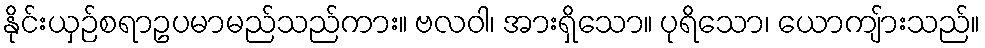
နိုင်းယှဉ်စရာဥပမာမည်သည်ကား။ ဗလဝါ၊ အားရှိသော။ ပုရိသော၊ ယောကျ်ားသည်။